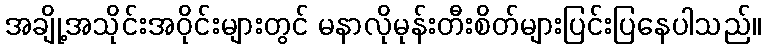
အချို့အသိုင်းအဝိုင်းများတွင် မနာလိုမုန်းတီးစိတ်များပြင်းပြနေပါသည်။